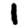
Digit: 1